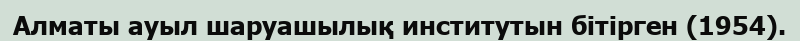
Алматы ауыл шаруашылық институтын бітірген (1954).